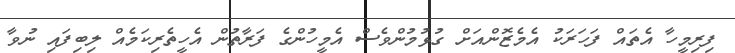
ފިރިމީހާ އެތައް ފަހަރަކު އެމެޒޮންއަށް ގުޅުމުންވެސް އެމީހުންގެ ފަރާތުން އެހީތެރިކަމެއް ލިބިފައި ނުވާ